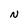
Character: N